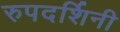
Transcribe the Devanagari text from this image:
रुपदर्शिनी